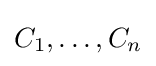
C_{1},\dots ,C_{n}